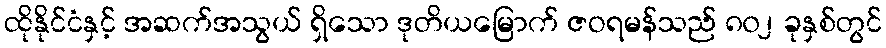
ထိုနိုင်ငံနှင့် အဆက်အသွယ် ရှိသော ဒုတိယမြောက် ဇဝရမန်သည် ၈၀၂ ခုနှစ်တွင်